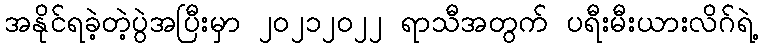
အနိုင်ရခဲ့တဲ့ပွဲအပြီးမှာ ၂၀၂၁၂၀၂၂ ရာသီအတွက် ပရီးမီးယားလိဂ်ရဲ့